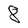
Character: 8